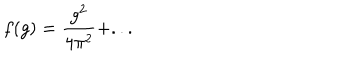
LaTeX: f ( g ) = \frac { g ^ { 2 } } { 4 \pi ^ { 2 } } + . . .